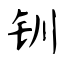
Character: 钏